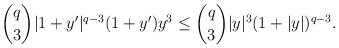
LaTeX: \begin{align*} \binom{q}{3} |1+y'|^{q-3} (1+y') y^3\le \binom{q}{3}|y|^3 (1+|y|)^{q-3}. \end{align*}